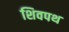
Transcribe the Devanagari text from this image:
शिवपथ